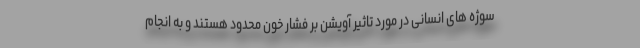
سوژه های انسانی در مورد تاثیر آویشن بر فشار خون محدود هستند و به انجام